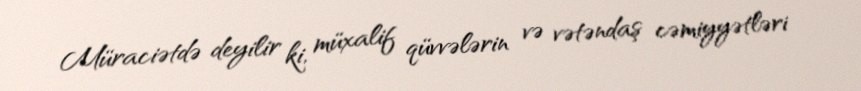
Müraciətdə deyilir ki, müxalif qüvvələrin və vətəndaş cəmiyyətləri